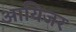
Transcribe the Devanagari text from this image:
आयिजर